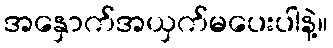
အနှောက်အယှက်မပေးပါနဲ့။